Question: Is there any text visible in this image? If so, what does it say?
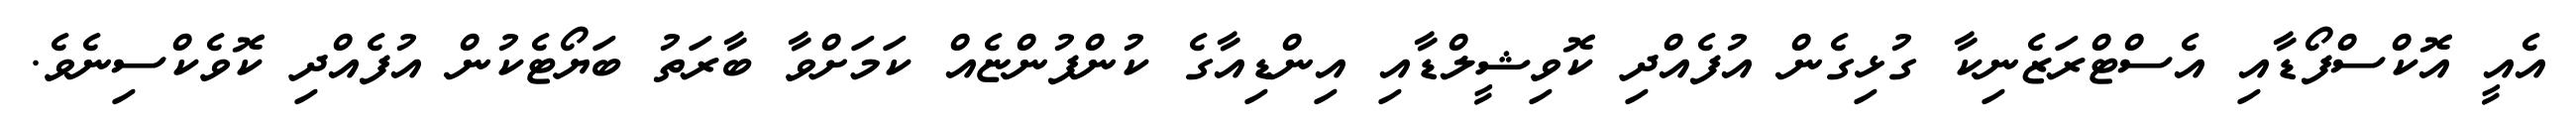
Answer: އެއީ އޮކްސްފޯޑާއި އެސްޓްރަޒެނިކާ ގުޅިގެން އުފެއްދި ކޮވިޝީލްޑާއި އިންޑިއާގެ ކުންފުންޏެއް ކަމަށްވާ ބާރަތު ބަޔޯޓެކުން އުފެއްދި ކޮވެކްސިނެވެ.